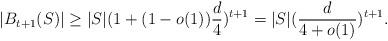
LaTeX: \begin{align*} |B_{t+1}(S)| \geq |S|(1+(1-o(1))\frac{d}{4})^{t+1} = |S|(\frac{d}{4+o(1)})^{t+1}.\end{align*}